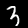
Label: 3